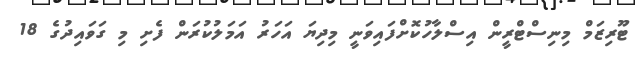
ޓޫރިޒަމް މިނިސްޓްރީން އިސްލާހުކޮށްފައިވަނީ މިދިޔަ އަހަރު އަމަލުކުރަން ފެށި މި ގަވައިދުގެ 18